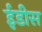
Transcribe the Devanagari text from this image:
ईडीस